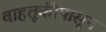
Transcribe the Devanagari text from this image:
वाहतूकींपासून